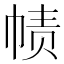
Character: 帻